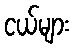
ငယ်များ